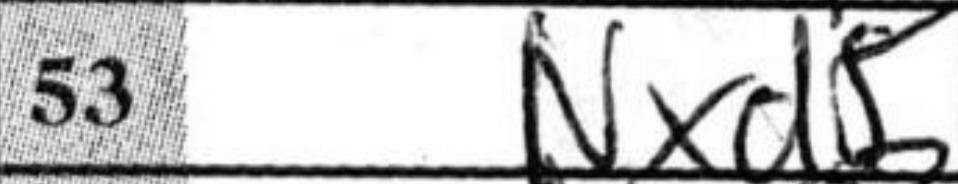
Transcription: Nxd5